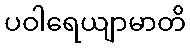
ပဝါရေယျာမာတိ